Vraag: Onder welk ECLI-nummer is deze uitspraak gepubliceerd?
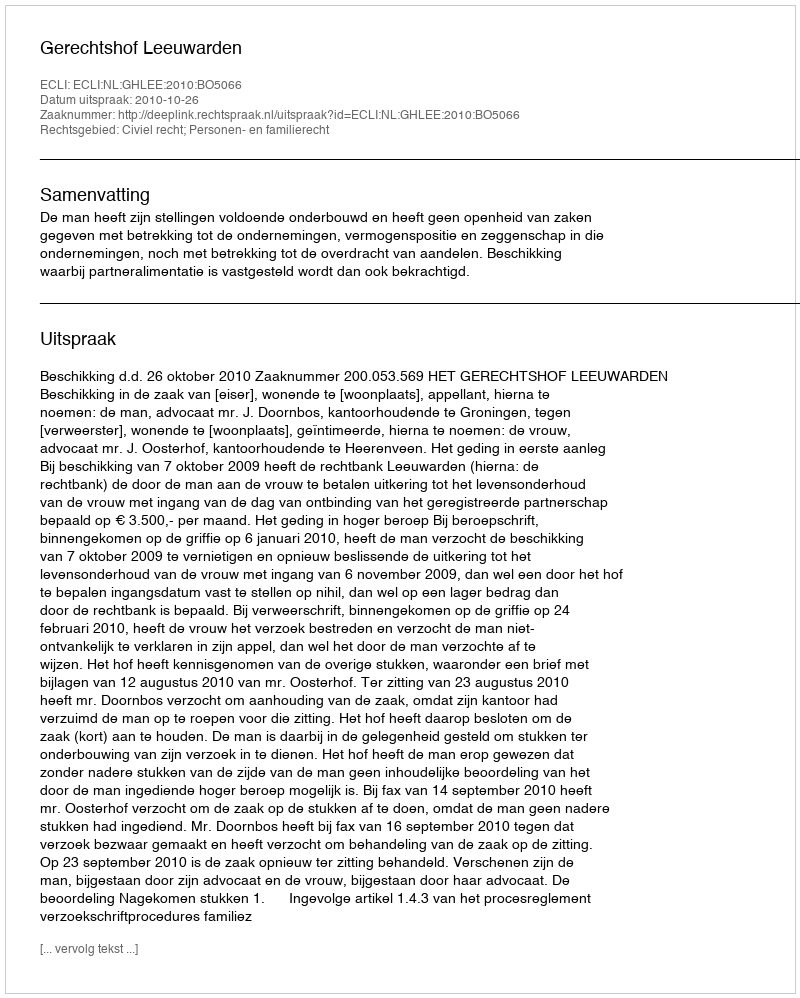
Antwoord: ECLI:NL:GHLEE:2010:BO5066